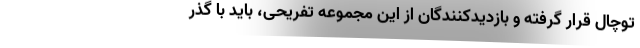
توچال قرار گرفته و بازدیدکنندگان از این مجموعه تفریحی، باید با گذر